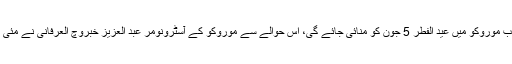
جبکہ دوسری جانب موروکو میں عید الفطر 5 جون کو منائی جائے گی، اس حوالے سے موروکو کے آسٹرونومر عبد العزیز خبروچ العرفانی نے مئی میں ہی بتا دیا تھا۔